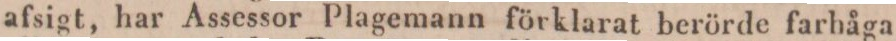
afsigt, har Assessor Plagemann förklarat berörde farhåga